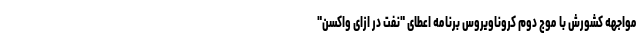
مواجهه کشورش با موج دوم کروناویروس برنامه اعطای "نفت در ازای واکسن"